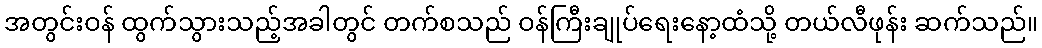
အတွင်းဝန် ထွက်သွားသည့်အခါတွင် တက်စသည် ဝန်ကြီးချုပ်ရေးနော့ထံသို့ တယ်လီဖုန်း ဆက်သည်။